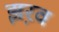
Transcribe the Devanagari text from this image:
झ़रव